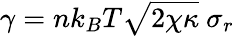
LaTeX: \begin{array}{r}{\gamma=nk_{B}T\sqrt{2\chi\kappa}~\sigma_{r}}\end{array}